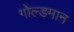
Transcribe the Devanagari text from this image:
गोल्डमान